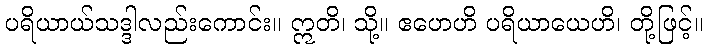
ပရိယာယ်သဒ္ဒါလည်းကောင်း။ ဣတိ၊ သို့။ ဧဟေဟိ ပရိယာယေဟိ၊ တို့ဖြင့်။